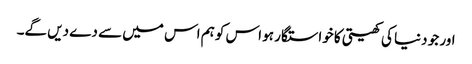
اور جو دنیا کی کھیتی کا خواستگار ہو اس کو ہم اس میں سے دے دیں گے۔